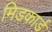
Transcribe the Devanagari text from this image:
मिडकार्ड